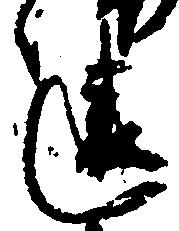
違